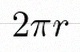
2\pi r